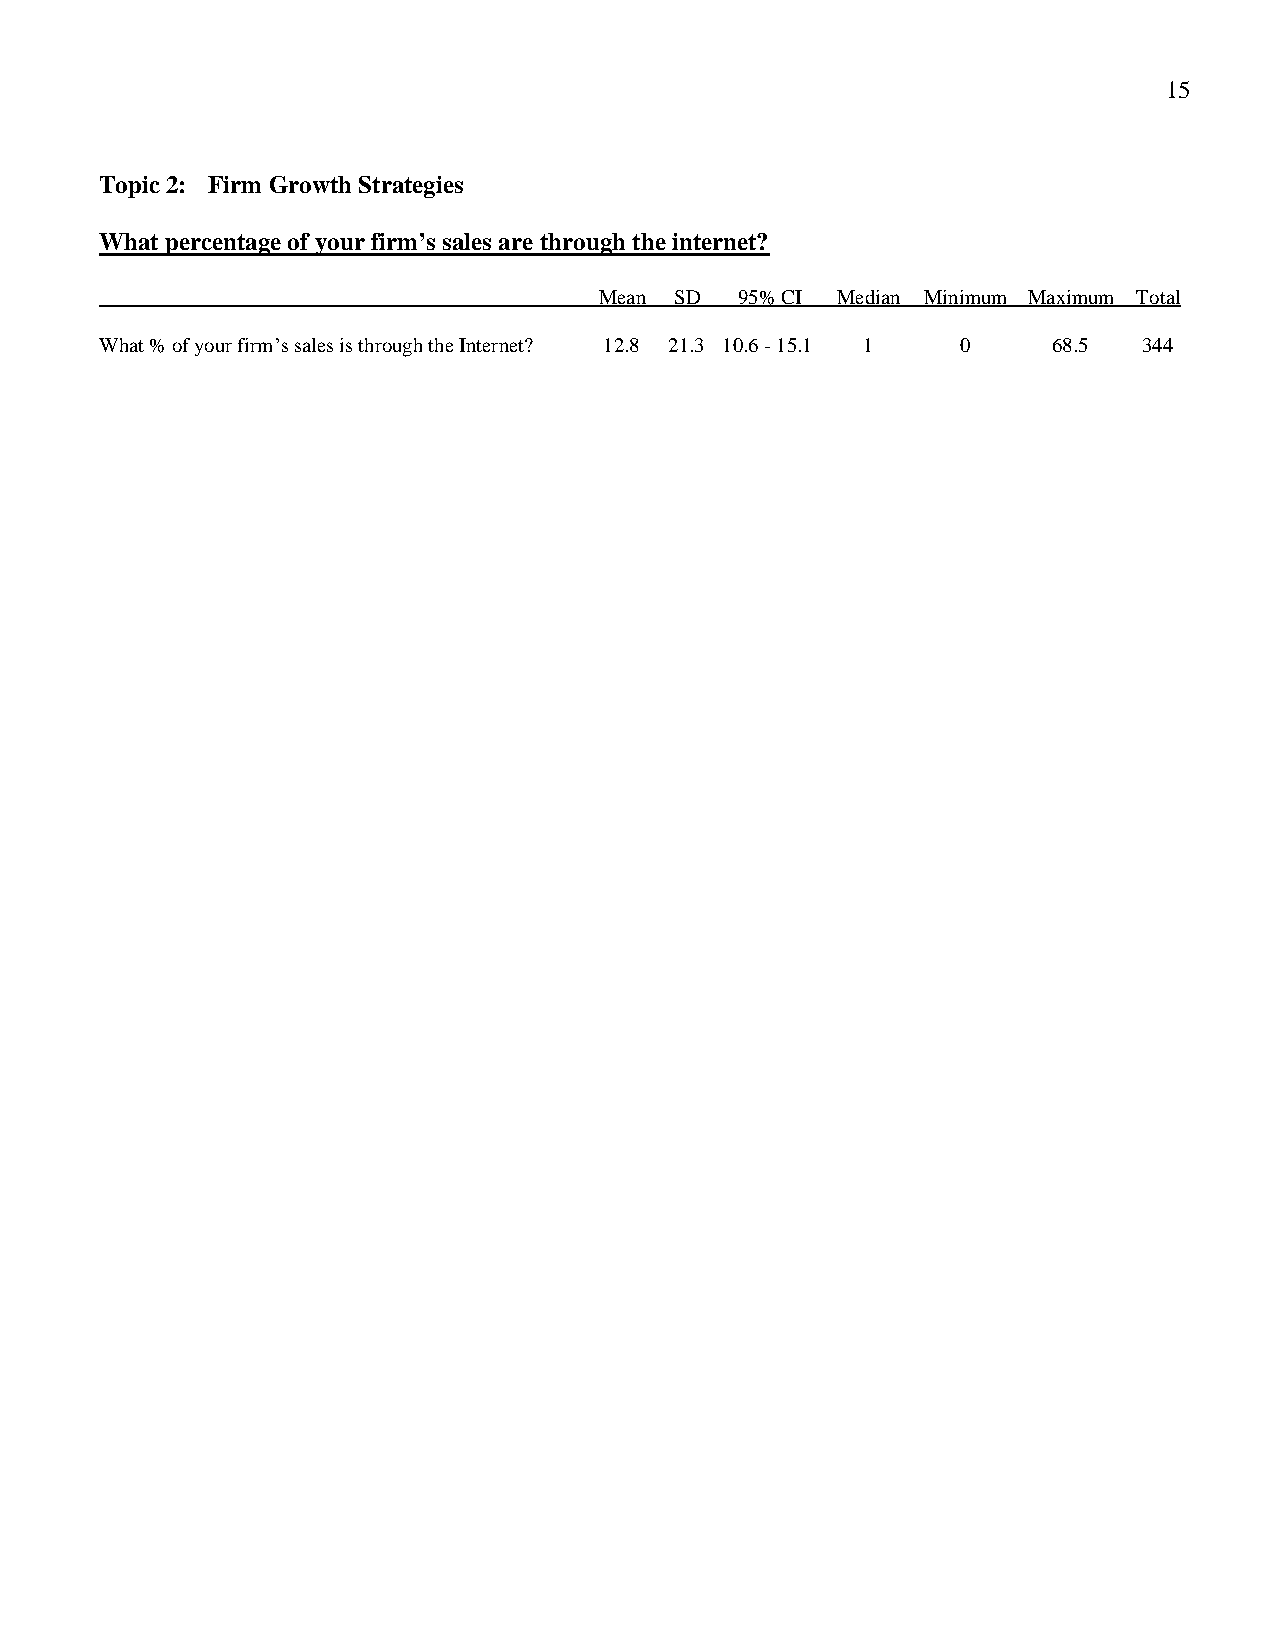
15
 Topic 2: Firm Growth Strategies
 What percentage of your firm’s sales are through the internet?
 Mean SD  95% CI Median Minimum Maximum Total
 What % of your firm’s sales is through the Internet? 12.8 21.3 10.6 - 15.1 1 0 68.5 344